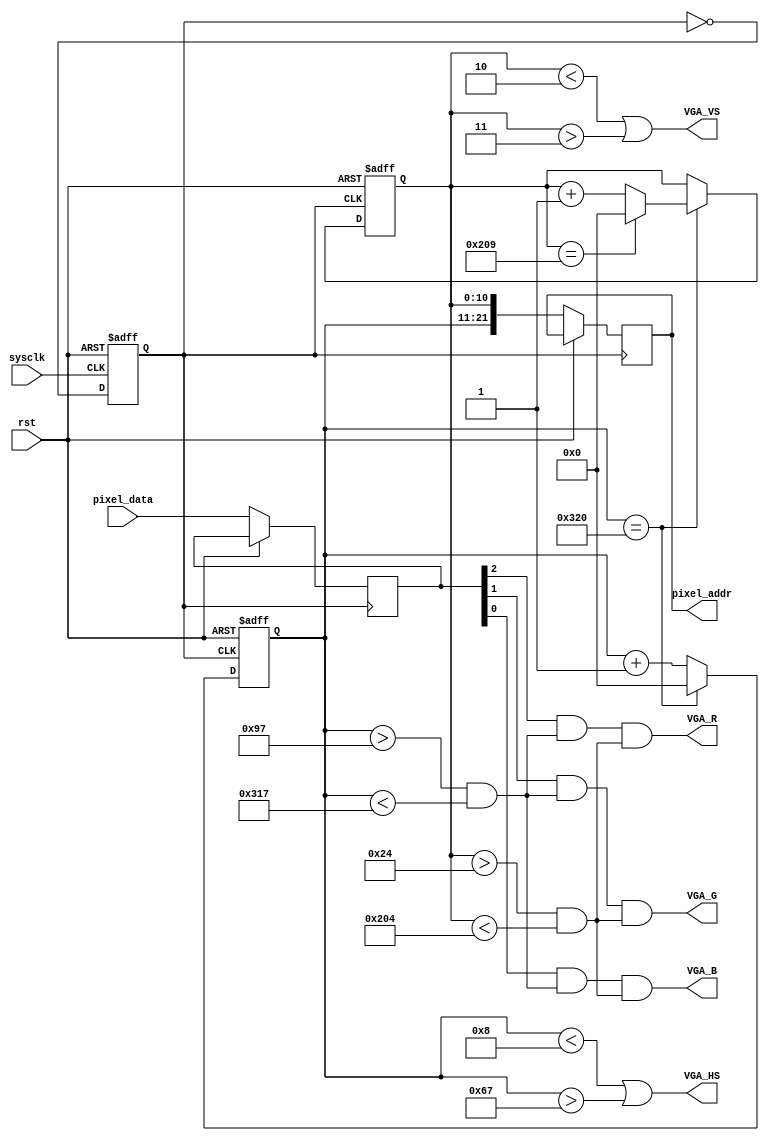
module vgaout(
input wire sysclk,
input wire [2:0] pixel_data,
input wire rst,
output reg [21:0] pixel_addr,
output wire VGA_R,
output wire VGA_G,
output wire VGA_B,
output wire VGA_HS,
output wire VGA_VS);

wire pclk;
reg count;
reg [10:0] x_counter, y_counter;

reg [2:0] pixel_rgb;

initial begin
	count = 0;
	x_counter = 0;
	y_counter = 0;
	pixel_rgb = 3'b000;
end

//25MHz pixel clock from system 100MHz clock.
assign pclk = count;
always @(posedge sysclk or posedge rst) begin
	if (rst) begin
		count <= 0;
	end
	else begin
		count <= ~count;
	end
end

always @(posedge pclk or posedge rst) begin
	if (rst) begin
		x_counter <= 0;
		y_counter <= 0;
	end
	else begin
		//Set the pixel.
		pixel_addr <= {x_counter, y_counter};
		pixel_rgb <= pixel_data;
		//Move to next position.
		if (x_counter == 800) begin
			x_counter <= 0;
			if (y_counter == 521) begin
				y_counter <= 0;
			end
			else begin
				y_counter <= y_counter + 1;
			end
		end
		else
			x_counter <= x_counter + 1;
	end
end

// Set the display pixel.
assign VGA_R = pixel_rgb[2] && (x_counter > 151 && x_counter < 791) && (y_counter > 36 && y_counter < 516);
assign VGA_G = pixel_rgb[1] && (x_counter > 151 && x_counter < 791) && (y_counter > 36 && y_counter < 516);
assign VGA_B = pixel_rgb[0] && (x_counter > 151 && x_counter < 791) && (y_counter > 36 && y_counter < 516);
// Column sync with row.
assign VGA_HS = (x_counter < 8 || x_counter > 103);
// Row counter sync with the field.
assign VGA_VS = (y_counter < 2 || y_counter > 3);

endmodule